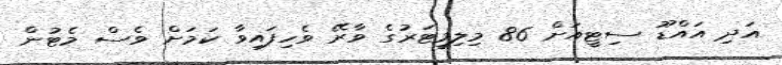
އަދި އައްޑޫ ސިޓީއަށް 86 މިލިމީޓަރުގެ ވާރޭ ވެހިފައިވާ ކަމަށް ވެސް މެޓުން